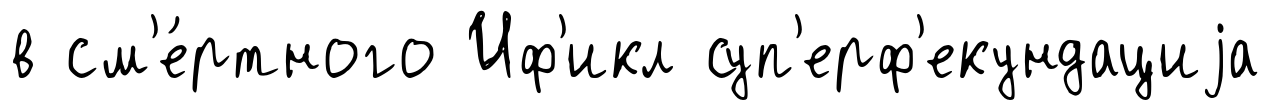
в см'е́ртного Иф'икл суп'ерф'екундациjа